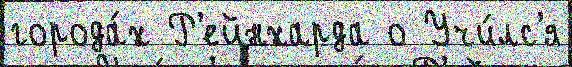
города́х Р'ейнхарда о Учи́лс'я